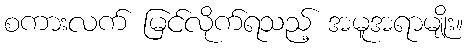
စကားလက် မြင်လိုက်ရသည့် အမူအရာမျိုး။